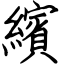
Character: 繽